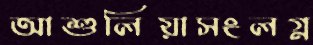
আশুলিয়াসংলগ্ন